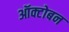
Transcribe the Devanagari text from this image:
ऑक्टोबन